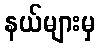
နယ်များမှ